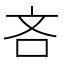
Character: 吝